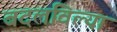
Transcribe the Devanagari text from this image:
बदलविल्या